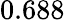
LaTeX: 0.688